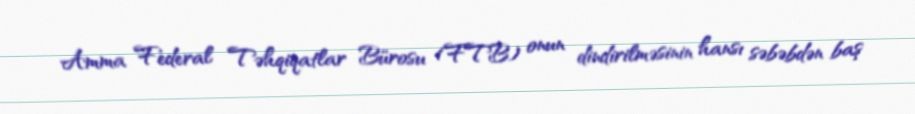
Amma Federal Təhqiqatlar Bürosu (FTB) onun dindirilməsinin hansı səbəbdən baş